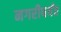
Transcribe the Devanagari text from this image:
नगरीपर्यंत